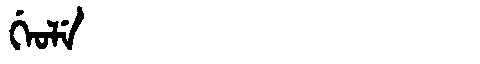
Manchu: ᡤᡝᠣᠯᡝ
Romanization: GEOLE